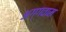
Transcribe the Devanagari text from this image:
अग्गवाम